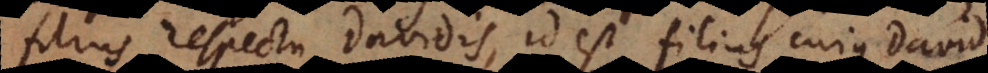
filius respectu Davidis, id est filius cujus David